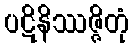
ပဋိနိဿဇ္ဇိတုံ